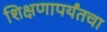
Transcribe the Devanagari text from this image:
शिक्षणापर्यंतचा